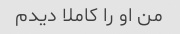
من او را کاملا دیدم